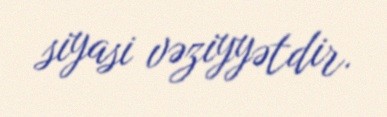
siyasi vəziyyətdir.